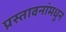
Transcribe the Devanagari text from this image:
प्रस्तावनांमधून